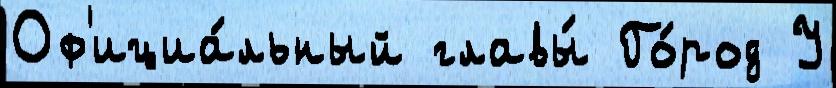
Оф'ициа́льный главы́ Го́род У